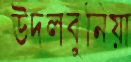
উদলবুনিয়া